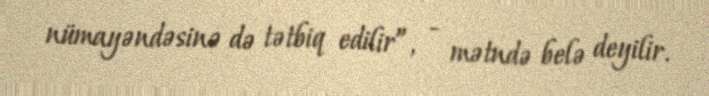
nümayəndəsinə də tətbiq edilir”, - mətndə belə deyilir.